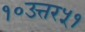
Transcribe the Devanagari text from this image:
१०उत्तर५१